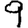
Digit: 9